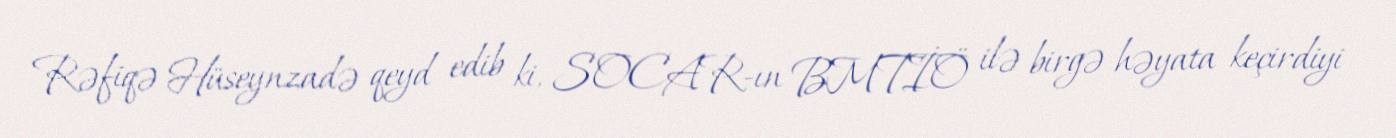
Rəfiqə Hüseynzadə qeyd edib ki, SOCAR-ın BMTİÖ ilə birgə həyata keçirdiyi